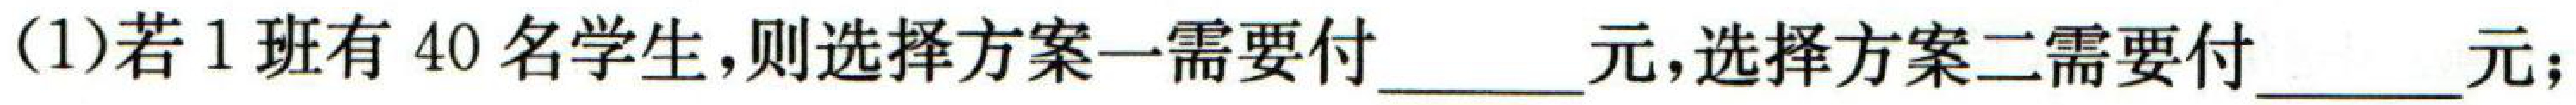
(1)若1班有40名学生,则选择方案一需要付$\underline{\qquad}$元,选择方案二需要付$\underline{\qquad}$元;